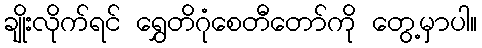
ချိုးလိုက်ရင် ရွှေတိဂုံစေတီတော်ကို တွေ့မှာပါ။